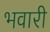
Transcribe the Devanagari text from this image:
भवारी